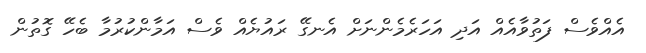
އެއްވެސް ފަތުވާއެއް އަދި އަހަރެމެންނަށް އެނގޭ ރައުޔެއް ވެސް އަމާންކުރުމާ ބެހޭ ގޮތުން